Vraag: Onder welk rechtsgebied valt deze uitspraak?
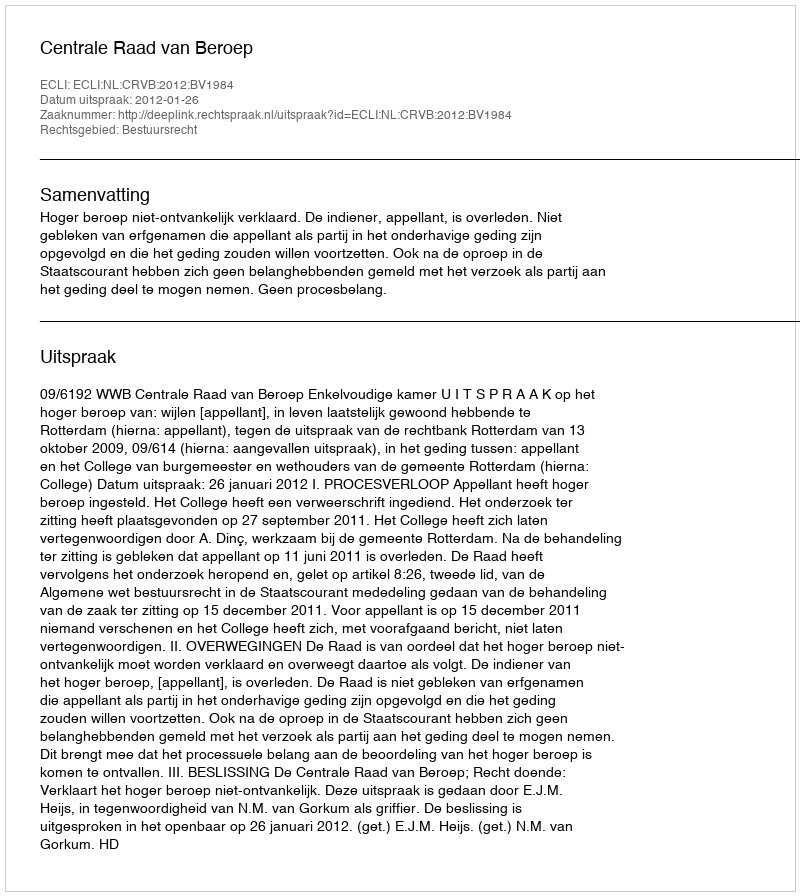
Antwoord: Bestuursrecht